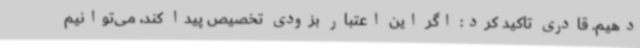
دهیم. قادری تاکید کرد: اگر این اعتبار بزودی تخصیص پیدا کند، می‌توانیم